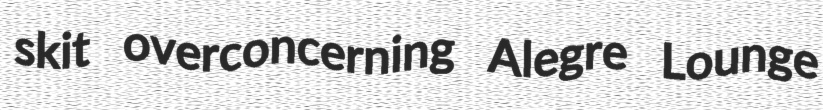
skit overconcerning Alegre Lounge